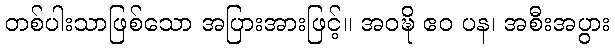
တစ်ပါးသာဖြစ်သော အပြားအားဖြင့်။ အဝဍ္ဎိ ဧဝ ပန၊ အစီးအပွား